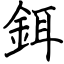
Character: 鉺